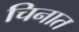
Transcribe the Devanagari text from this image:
चिनात